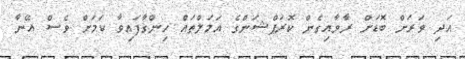
އަދި ވަރަށް ބޮޑަށް ރާވާއިގެން ކޮރަޕްޝަންގެ އަމަލްތައް ހިންގާފައިވާ ކަމަށް ވެސް އޭނާ